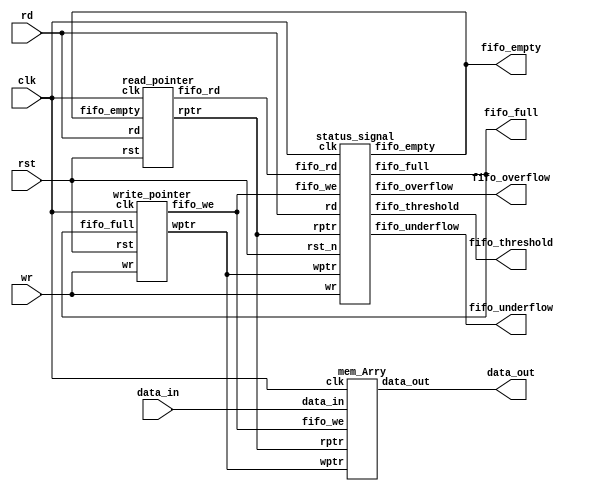
`timescale 1ns / 1ps
//////////////////////////////////////////////////////////////////////////////////
// Company: 
// Engineer: 
// 
// Design Name: 
// Module Name: FIFO
// Project Name: 
// Target Devices: 
// Tool Versions: 
// Description: 
// 
// Dependencies: 
// 
// Revision:
// Revision 0.01 - File Created
// Additional Comments:
// 
//////////////////////////////////////////////////////////////////////////////////


module FIFO(data_out,fifo_full,fifo_empty,fifo_threshold,fifo_overflow,fifo_underflow,clk,rst,wr,rd,data_in);
input wr,rd,clk,rst;
input[7:0]data_in;
output[7:0]data_out;
output fifo_full,fifo_empty,fifo_threshold,fifo_overflow,fifo_underflow;
wire[4:0] wptr,rptr;
wire fifo_we,fifo_rd;
write_pointer w_dut(wptr,fifo_we,wr,fifo_full,clk,rst);
read_pointer dut(rptr,fifo_rd,rd,fifo_empty,clk,rst);
mem_Arry dut4(data_out,data_in,clk,fifo_we,wptr,rptr);
status_signal dut6(fifo_full, fifo_empty, fifo_threshold, fifo_overflow, fifo_underflow, wr, rd, fifo_we, fifo_rd, wptr,rptr,clk,rst);  





endmodule


module mem_Arry(data_out,data_in,clk,fifo_we,wptr,rptr);
input clk,fifo_we;
input[7:0] data_in;
input[4:0]wptr,rptr;
output[7:0]data_out;
reg[7:0]mem_arry[15:0];//128 bytes
wire[7:0]out;
always@(posedge clk)
    begin
        if(fifo_we)
            mem_arry[wptr[3:0]]<=data_in;
    end
assign out =mem_arry[rptr[3:0]];
endmodule   

module read_pointer(rptr,fifo_rd,rd,fifo_empty,clk,rst);
input rd,fifo_empty,clk,rst;
output [4:0] rptr;
output fifo_rd;
reg[4:0] rptr;
assign fifo_rd =(~fifo_empty)&rd;
always@(posedge clk or negedge rst)
    begin
    if(~rst)
        rptr <=5'b00000;
    else if (fifo_rd)
        rptr<=rptr+5'b00001;
    else
        rptr <=rptr;
    end
endmodule


module write_pointer (wptr,fifo_we,wr,fifo_full,clk,rst);
input wr,fifo_full,clk,rst;
output[4:0]wptr;
output fifo_we;
reg [4:0]wptr;
assign fifo_we =(~fifo_full)&wr;
always@(posedge clk or negedge rst)
    begin
        if(~rst)
            wptr<=5'b00000;
        else if(fifo_we)
            wptr<=5'b00000+wptr;
        else
        wptr<=wptr;
        end
endmodule




 module status_signal(fifo_full, fifo_empty, fifo_threshold, fifo_overflow, fifo_underflow, wr, rd, fifo_we, fifo_rd, wptr,rptr,clk,rst_n);  
  input wr, rd, fifo_we, fifo_rd,clk,rst_n;  
  input[4:0] wptr, rptr;  
  output fifo_full, fifo_empty, fifo_threshold, fifo_overflow, fifo_underflow;  
  wire fbit_comp, overflow_set, underflow_set;  
  wire pointer_equal;  
  wire[4:0] pointer_result;  
  reg fifo_full, fifo_empty, fifo_threshold, fifo_overflow, fifo_underflow;  
  assign fbit_comp = wptr[4] ^ rptr[4];  
  assign pointer_equal = (wptr[3:0] - rptr[3:0]) ? 0:1;  
  assign pointer_result = wptr[4:0] - rptr[4:0];  
  assign overflow_set = fifo_full & wr;  
  assign underflow_set = fifo_empty&rd;  
  always @(*)  
  begin  
   fifo_full =fbit_comp & pointer_equal;  
   fifo_empty = (~fbit_comp) & pointer_equal;  
   fifo_threshold = (pointer_result[4]||pointer_result[3]) ? 1:0;  
  end  
  always @(posedge clk or negedge rst_n)  
  begin  
  if(~rst_n) fifo_overflow <=0;  
  else if((overflow_set==1)&&(fifo_rd==0))  
   fifo_overflow <=1;  
   else if(fifo_rd)  
    fifo_overflow <=0;  
    else  
     fifo_overflow <= fifo_overflow;  
  end  
  always @(posedge clk or negedge rst_n)  
  begin  
  if(~rst_n) fifo_underflow <=0;  
  else if((underflow_set==1)&&(fifo_we==0))  
   fifo_underflow <=1;  
   else if(fifo_we)  
    fifo_underflow <=0;  
    else  
     fifo_underflow <= fifo_underflow;  
  end  
 endmodule